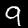
Label: 9